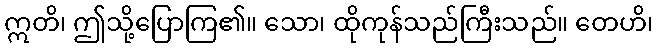
ဣတိ၊ ဤသို့ပြောကြ၏။ သော၊ ထိုကုန်သည်ကြီးသည်။ တေဟိ၊